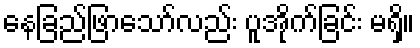
နေခြည်ဖြာသော်လည်း ပူအိုက်ခြင်း မရှိ။